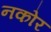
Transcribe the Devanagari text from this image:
नकोर